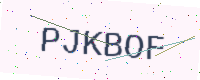
Text: PJKBOF